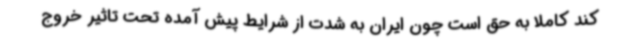
کند کاملا به حق است چون ایران به شدت از شرایط پیش آمده تحت تاثیر خروج